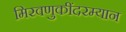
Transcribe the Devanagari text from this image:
मिरवणुकींदरम्यान